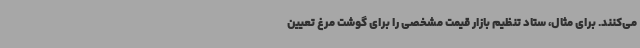
می‌کنند. برای مثال، ستاد تنظیم بازار قیمت مشخصی را برای گوشت مرغ تعیین